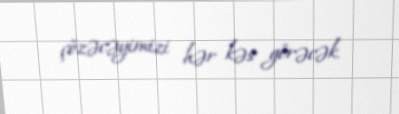
çözəcəyimizi hər kəs görəcək.